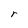
Character: r